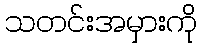
သတင်းအမှားကို